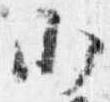
少